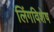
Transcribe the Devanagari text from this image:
लिंगविशेष